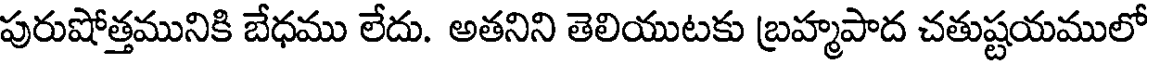
పురుషోత్తమునికి బేధము లేదు. అతనిని తెలియుటకు బ్రహ్మపాద చతుష్టయములో